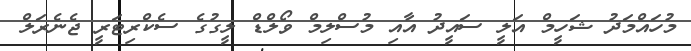
މުހައްމަދު ޝަހީމް އަލީ ސައީދު އާއި މުސްލިމް ވޯލްޑް ލީގުގެ ސެކްރިޓަރީ ޖެނެރަލް